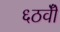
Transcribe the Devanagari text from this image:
६ठवीँ